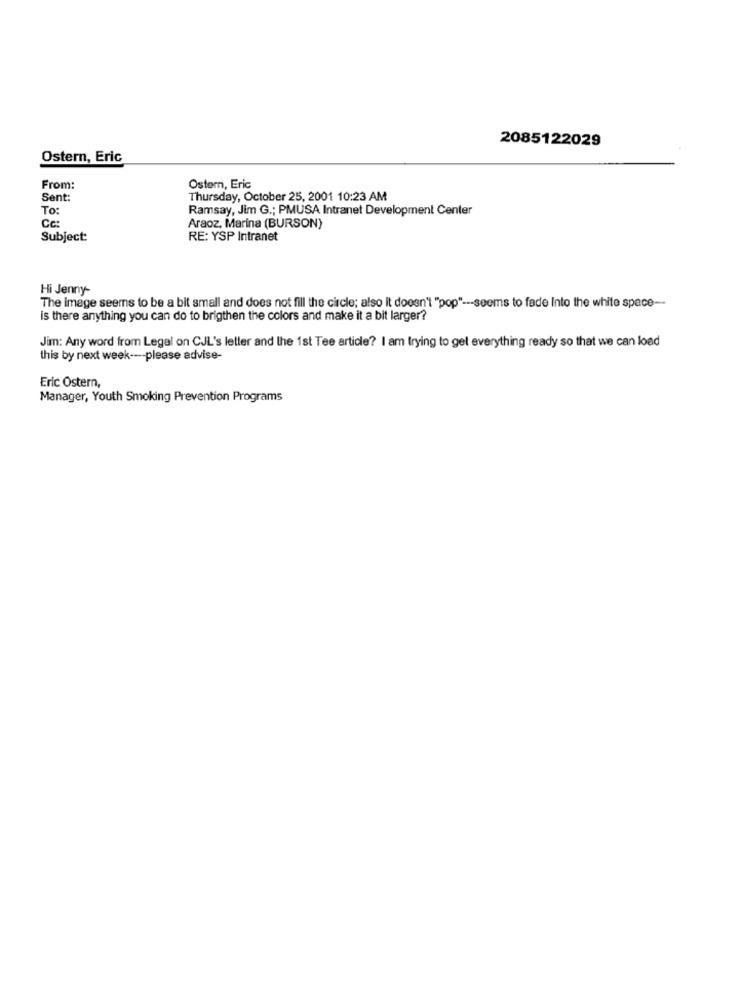
2085122029
Ostern, Eric
From:
Ostern, Eric
Sent:
Thursday, October 25, 2001 10:23 AM
To:
Ramsay, Jim G .; PMUSA Intranet Development Center
Cc:
Araoz, Marina (BURSON)
Subject:
RE: YSP Intranet
Hi Jenny-
The image seems to be a bit small and does not fill the circle; also it doesn't "pop" --- seems to fade Into the white space --
is there anything you can do to brigthen the colors and make it a bit larger?
Jim: Any word from Legal on CJL's letter and the 1st Tee article? I am trying to get everything ready so that we can load
this by next week ---- please advise-
Eric Ostern,
Manager, Youth Smoking Prevention Programs